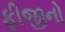
ફીજીનો